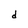
Character: d